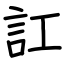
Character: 訌